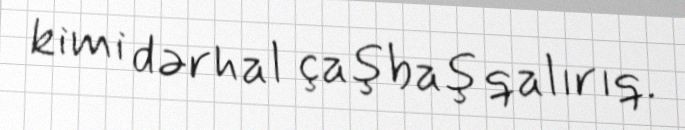
kimi dərhal çaşbaş qalırıq.